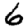
Digit: 6